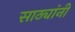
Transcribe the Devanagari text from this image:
साठ्यांनी